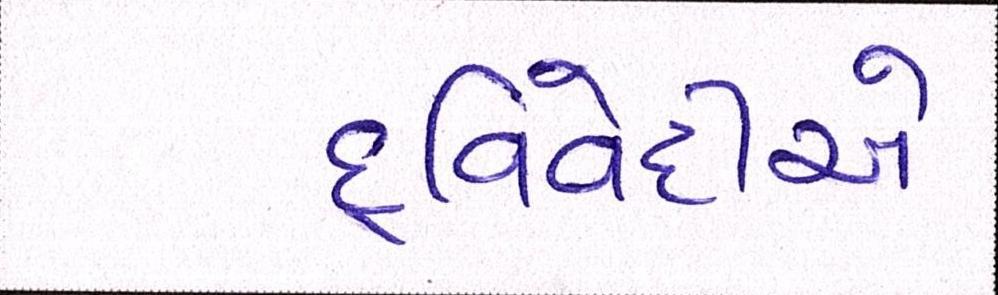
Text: દ્વિવેદીએ